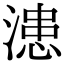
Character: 漶